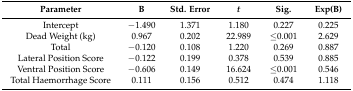
| Parameter | B | Std. Error | t | Sig. | Exp(B) |
 | --- | --- | --- | --- | --- | --- |
 | Intercept | −1.490 | 1.371 | 1.180 | 0.227 | 0.225 |
 | Dead Weight (kg) | 0.967 | 0.202 | 22.989 | ≤0.001 | 2.629 |
 | Total | −0.120 | 0.108 | 1.220 | 0.269 | 0.887 |
 | Lateral Position Score | −0.122 | 0.199 | 0.378 | 0.539 | 0.885 |
 | Ventral Position Score | −0.606 | 0.149 | 16.624 | ≤0.001 | 0.546 |
 | Total Haemorrhage Score | 0.111 | 0.156 | 0.512 | 0.474 | 1.118 |